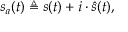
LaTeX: s _ { a } ( t ) \triangleq s ( t ) + i \cdot { \hat { s } } ( t ) ,